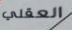
العقلي